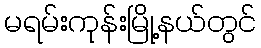
မရမ်းကုန်းမြို့နယ်တွင်